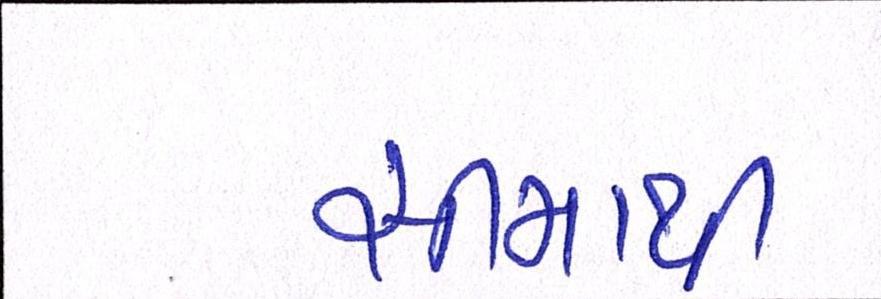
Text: સીમાથી